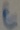
Text: C